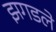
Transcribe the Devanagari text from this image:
झगडले